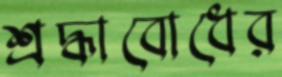
শ্রদ্ধাবোধের